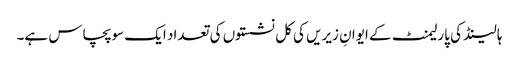
ہالینڈ کی پارلیمنٹ کے ایوانِ زیریں کی کل نشستوں کی تعداد ایک سو پچاس ہے۔